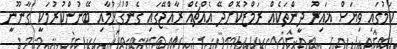
ކަމުގައި ވިޔަސް ޣައިރު ދީންތަކެއް ރަމްޒުކޮށްދޭ އެއްޗެއް ރާއްޖޭގައި ގެންގުޅުމާއި ބޭނުންކުރުމަކީ ގާނޫނީ